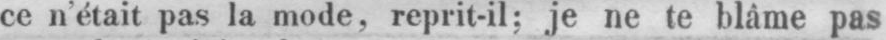
ce n’était pas la mode, reprit-il: je ne te blâme pas